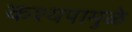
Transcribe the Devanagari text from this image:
कश्यपामुळे